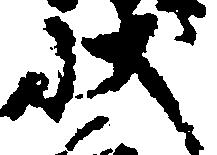
状